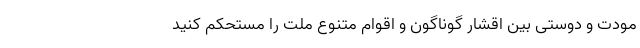
مودت و دوستی بین اقشار گوناگون و اقوام متنوع ملت را مستحکم کنید‌